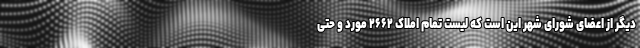
دیگر از اعضای شورای شهر این است که لیست تمام املاک ۲۶۶۲ مورد و حتی